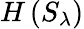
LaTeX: H\left({S_{{\lambda}}}\right)